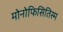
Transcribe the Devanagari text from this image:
मोनोफिसितिस्म